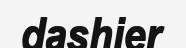
dashier